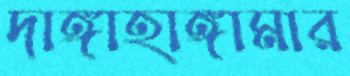
দাঙ্গাহাঙ্গামার